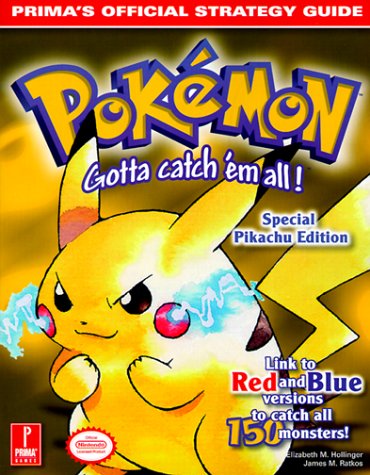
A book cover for Pokemon Yellow (Prima's Official Strategy Guide); Elizabeth Hollinger; Computers & Technology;